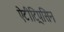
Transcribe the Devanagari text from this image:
ऐंटीट्रिपसिन